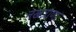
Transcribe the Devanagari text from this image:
नखत्राणा